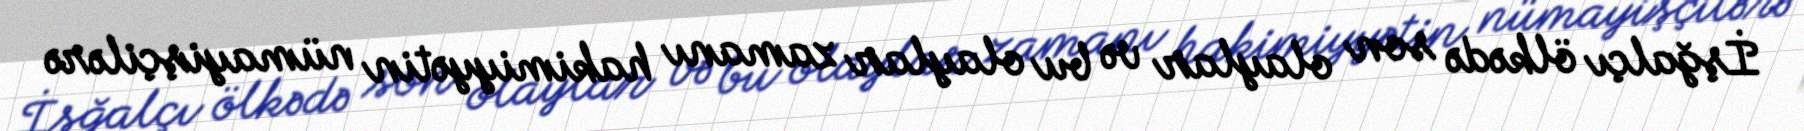
İşğalçı ölkədə son olaylar və bu olaylar zamanı hakimiyyətin nümayişçilərə